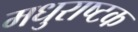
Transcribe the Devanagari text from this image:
मधुराष्टक